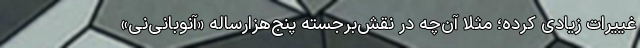
غییرات زیادی کرده؛ مثلا آن‌چه در نقش‌برجسته پنج‌هزارساله «آنوبانی‌نی»